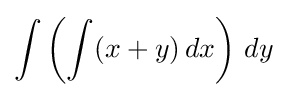
\int \left(\int (x+y)\,dx\right)\,dy